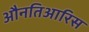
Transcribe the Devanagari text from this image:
औनतिआरिस